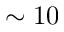
\sim 1 0